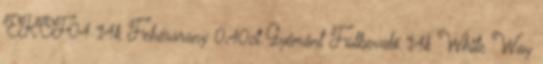
EKOF04 14k Fehérarany 0,40ct Gyémánt Fülbevaló 14k White Way